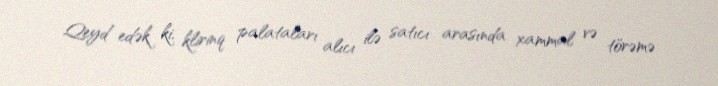
Qeyd edək ki, klirinq palataları alıcı ilə satıcı arasında xammal və törəmə